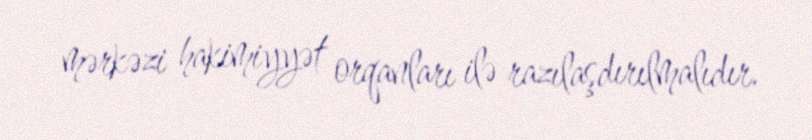
mərkəzi hakimiyyət orqanları ilə razılaşdırılmalıdır.